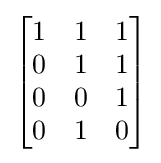
{\begin{bmatrix}1&1&1\\0&1&1\\0&0&1\\0&1&0\end{bmatrix}}